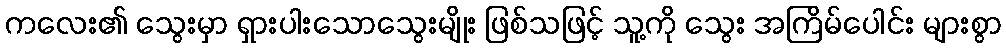
ကလေး၏ သွေးမှာ ရှားပါးသောသွေးမျိုး ဖြစ်သဖြင့် သူ့ကို သွေး အကြိမ်ပေါင်း များစွာ